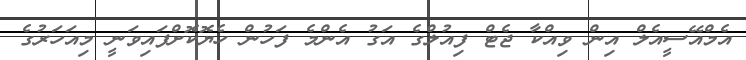
އެމްއޭސީއެލް އިން ވިއްކާ ޖެޓް ފިއުލްގެ އަގު އެންމެ ފަހުން ހެޔޮކޮށްފައިވަނީ މިއަހަރުގެ